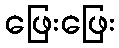
ဖြေးဖြေး